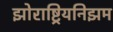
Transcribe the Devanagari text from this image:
झोराष्ट्रियनिझम